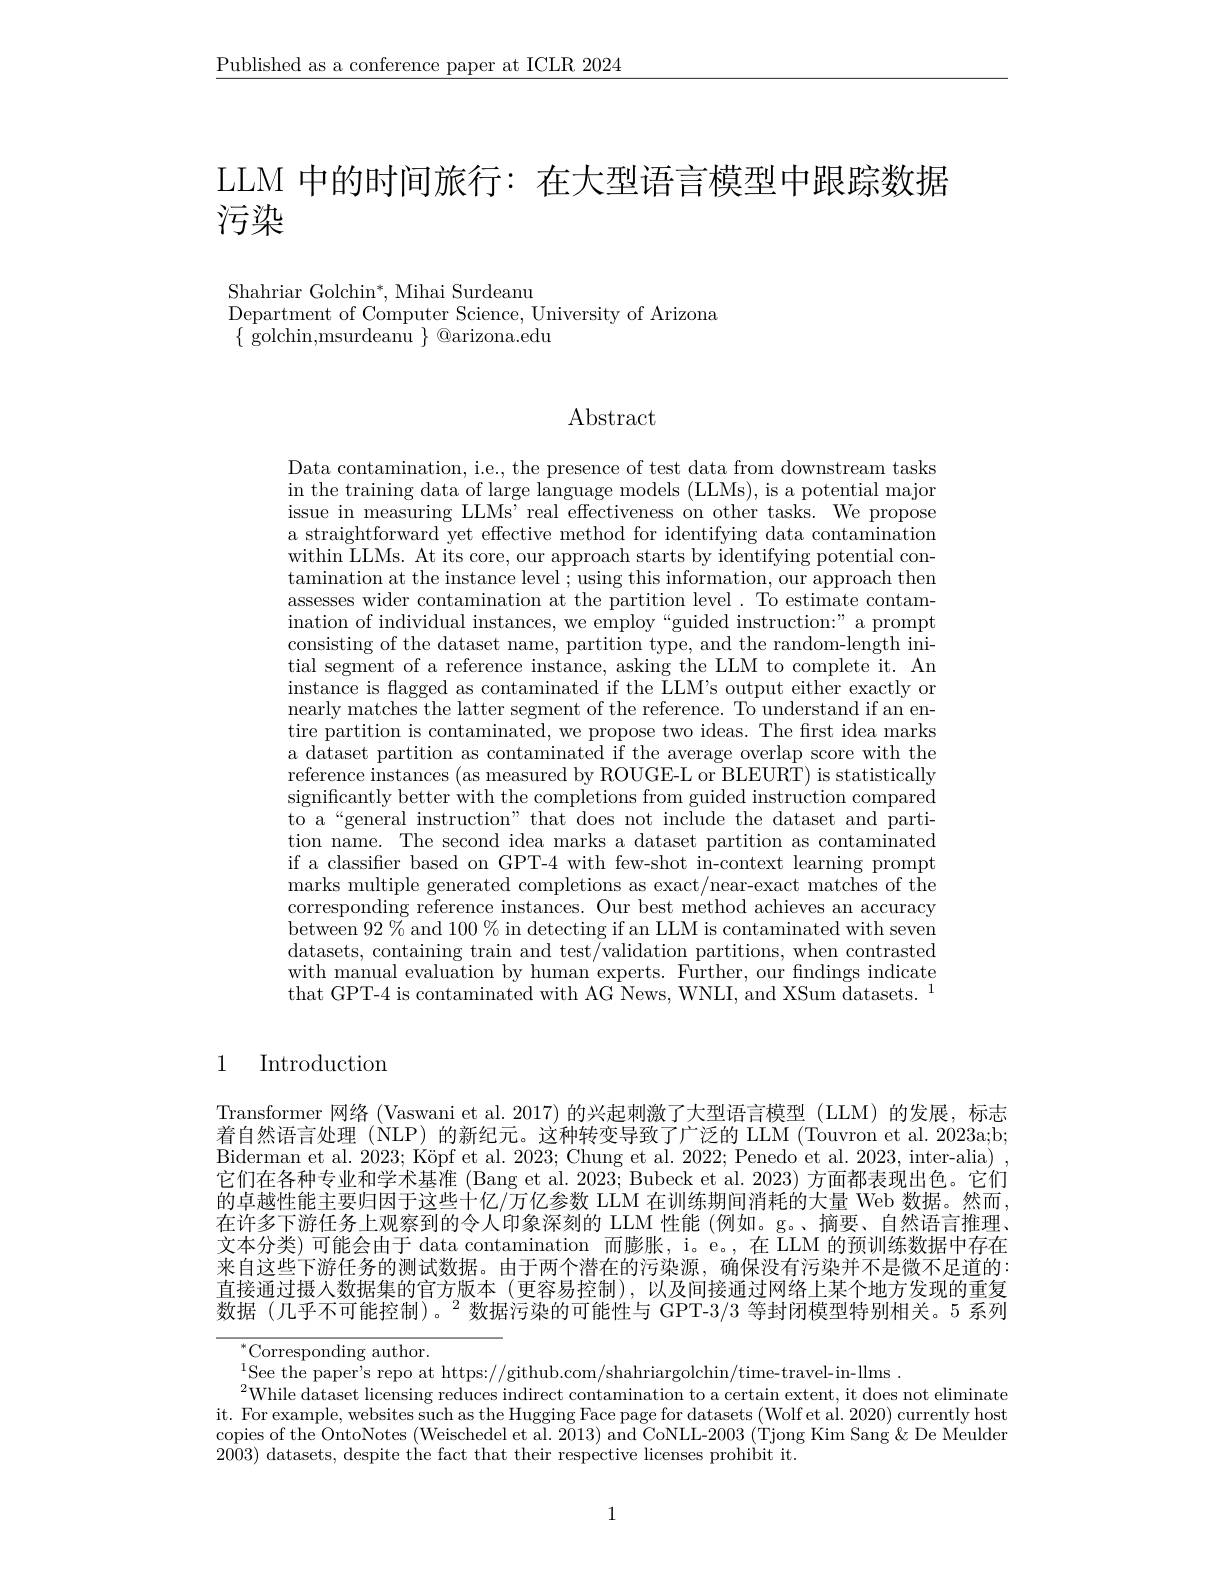
$\underline{\text{Published as a conference paper at ICLR 2024}}$

LLM 中的时间旅行：在大型语言模型中跟踪数据
# 污染

Shahriar Golchin$^*$, Mihai Surdeanu
Department of Computer Science, University of Arizona
$\{$ golchin,msurdeanu $\}$ @arizona.edu

$\operatorname{Abstract}$

Data contamination, i.e., the presence of test data from downstream tasks in the training data of large language models (LLMs), is a potential major issue in measuring LLMs' real effectiveness on other tasks. We propose a straightforward yet effective method for identifying data contamination within LLMs. At its core, our approach starts by identifying potential contamination at the instance level ; using this information, our approach then assesses wider contamination at the partition level . To estimate contamination of individual instances, we employ“guided instruction:”a prompt consisting of the dataset name, partition type, and the random-length initial segment of a reference instance, asking the LLM to complete it. An instance is flagged as contaminated if the LLM's output either exactly or nearly matches the latter segment of the reference. To understand if an entire partition is contaminated, we propose two ideas. The first idea marks a dataset partition as contaminated if the average overlap score with the reference instances (as measured by ROUGE-L or BLEURT) is statistically significantly better with the completions from guided instruction compared to a“general instruction”that does not include the dataset and partition name. The second idea marks a dataset partition as contaminated if a classifier based on GPT-4 with few-shot in-context learning prompt marks multiple generated completions as exact/near-exact matches of the corresponding reference instances. Our best method achieves an accuracy between $92\%$ and 100% in detecting if an LLM is contaminated with seven datasets, containing train and test/validation partitions, when contrasted with manual evaluation by human experts. Further, our findings indicate that GPT-4 is contaminated with AG News, WNLI, and XSum datasets. $^1$

# 1 Introduction

Transformer 网络 (Vaswani et al. 2017) 的兴起刺激了大型语言模型 (LLM) 的发展，标志着自然语言处理(NLP)的新纪元。这种转变导致了广泛的 LLM (Touvron et al. 2023a;b; Biderman et al. $2023; \text{K\" {o}pfetal. 2023; Chungetal. 2022; Penedoetal. 2023, inter- alia) }$ , 它们在各种专业和学术基准 (Bang et al. 2023; Bubeck et al. 2023) 方面都表现出色。它们的卓越性能主要归因于这些十亿/万亿参数 LLM 在训练期间消耗的大量 Web 数据。然而， 在许多下游任务上观察到的令人印象深刻的 LLM 性能 (例如。g。、摘要、自然语言推理文本分类)可能会由于 data contamination 而膨胀，i。e。,在 LLM 的预训练数据中存在来自这些下游任务的测试数据。由于两个潜在的污染源，确保没有污染并不是微不足道的直接通过摄人数据集的官方版本(更容易控制),以及间接通过网络上某个地方发现的重复数据(几乎不可能控制)。$^2$数据污染的可能性与 GPT-3/3 等封闭模型特别相关。5 系列

$^{*}$Corresponding author.
$^{1}$See the paper's repo at https://github.com/shahriargolchin/time-travel-in-llms.
$^{2}$While dataset licensing reduces indirect contamination to a certain extent, it does not eliminate it. For example, websites such as the Hugging Face page for datasets (Wolf et al. 2020) currently host copies of the OntoNotes (Weischedel et al. 2013) and CoNLL-2003 (Tjong Kim Sang'& De Meulder 2003) datasets, despite the fact that their respective licenses prohibit it.

1